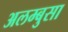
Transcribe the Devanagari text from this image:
अलम्बुसा